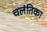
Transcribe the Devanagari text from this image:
चलंतिका